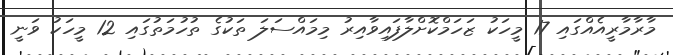
މާރާމާރީއެއްގައި 17 މީހަކު ޒަހަމްކޮށްލާފައިވާއިރު މިމައްސަލަ ތަކުގެ ތުހުމަތުގައި 12 މީހަކު ވަނީ